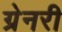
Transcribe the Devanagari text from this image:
ग्रेनरी